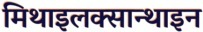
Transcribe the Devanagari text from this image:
मिथाइलक्सान्थाइन